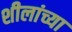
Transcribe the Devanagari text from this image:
शीलांच्या